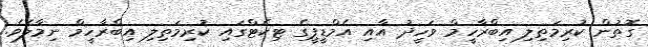
ގޮތުން ކުރިމަތިލި އިބްރާހީމް ވަހީދު އާއި އެމްޑީޕީގެ ޓިކެޓްގައި ކުރިމަތިލި އިބްރާހީމް ނިމާލެވެ.